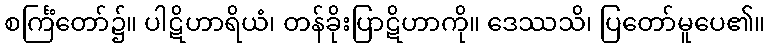
စင်္ကြံတော်၌။ ပါဋိဟာရိယံ၊ တန်ခိုးပြာဋိဟာကို။ ဒေဿသိ၊ ပြတော်မူပေ၏။